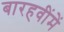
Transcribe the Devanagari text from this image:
बारहवींमें